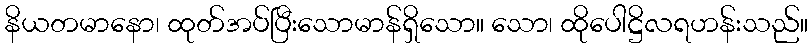
နိယတမာနော၊ ထုတ်အပ်ပြီးသောမာန်ရှိသော။ သော၊ ထိုပေါဋ္ဌိလရဟန်းသည်။